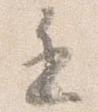
遅